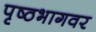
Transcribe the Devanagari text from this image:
पृष्ठभागवर